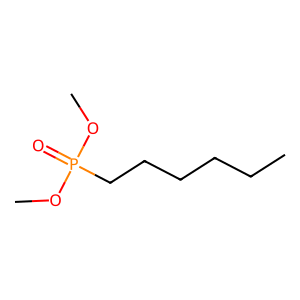
SMILES: CCCCCCP(=O)(OC)OC
Inhibits HIV replication: No